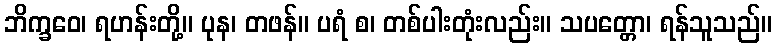
ဘိက္ခဝေ၊ ရဟန်းတို့။ ပုန၊ တဖန်။ ပရံ စ၊ တစ်ပါးတုံးလည်း။ သပတ္တော၊ ရန်သူသည်။